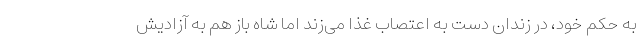
به حکم خود، در زندان دست به اعتصاب غذا می‌زند اما شاه باز هم به آزادیش